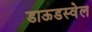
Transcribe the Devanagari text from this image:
डाऊडस्वेल